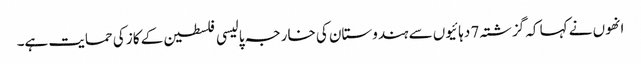
انھوں نے کہا کہ گزشتہ 7 دہائیوں سے ہندوستان کی خارجہ پالیسی فلسطین کے کاز کی حمایت ہے۔